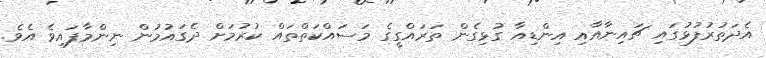
އެދަތުރުފުޅުގައި ޗައިނާއާއި އިންޑިއާ ގުޅިގެން ތަރައްގީގެ މަސައްކަތްތައް ކުރުމަށް ދެގައުމުން ނިންމާފައިވެ އެވެ.